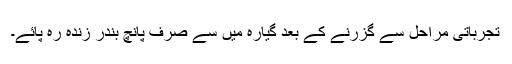
تجرباتی مراحل سے گزرنے کے بعد گیارہ میں سے صرف پانچ بندر زندہ رہ پائے۔